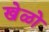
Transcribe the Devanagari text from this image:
खेळो